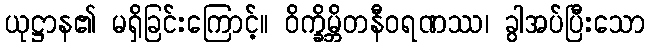
ယုဋ္ဌာန၏ မရှိခြင်းကြောင့်။ ဝိက္ခိမ္ဘိတနီဝရဏဿ၊ ခွါအပ်ပြီးသော